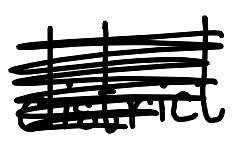
Text: district
Cross-out: mix
Writing tool: digital_black